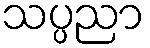
သပ္ပညာ